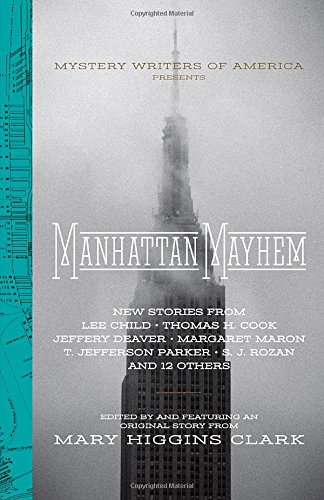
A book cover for Manhattan Mayhem: New Crime Stories from Mystery Writers of America; Mystery, Thriller & Suspense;